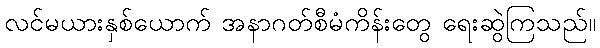
လင်မယားနှစ်ယောက် အနာဂတ်စီမံကိန်းတွေ ရေးဆွဲကြသည်။